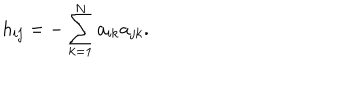
LaTeX: h _ { i j } = - \sum _ { k = 1 } ^ { N } a _ { i k } a _ { j k } .